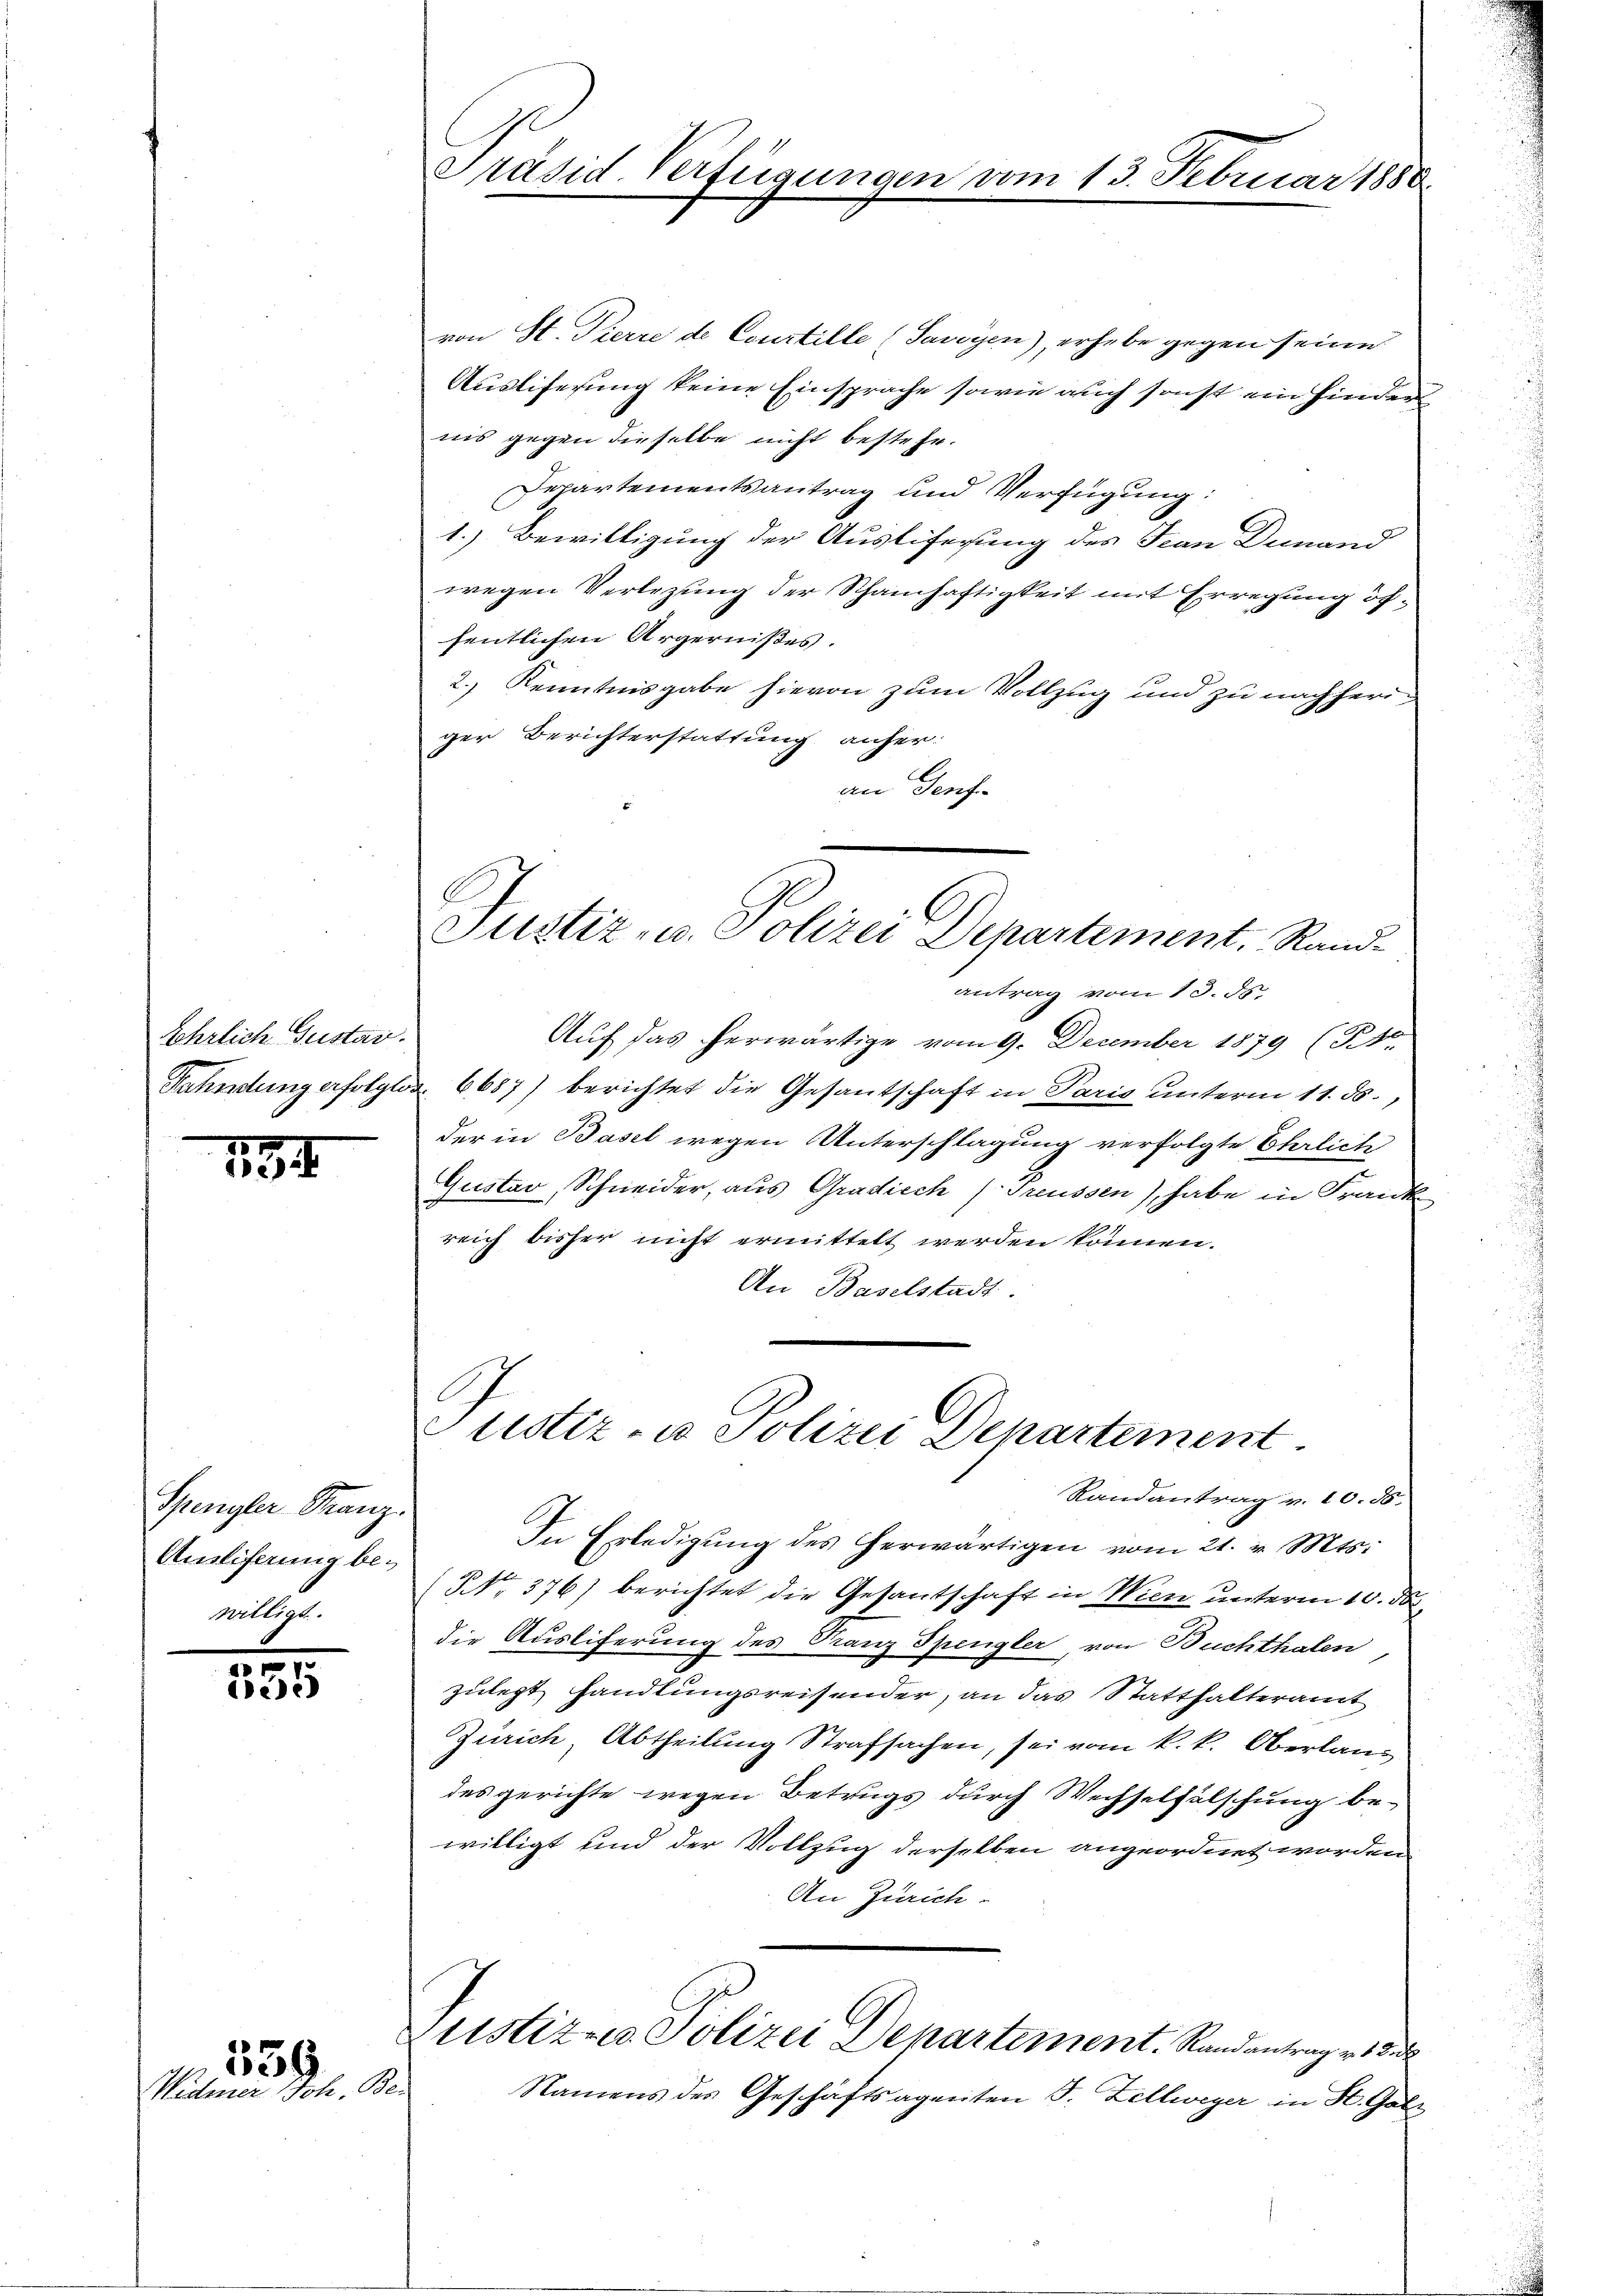
Ehrlich Gustar.

134

Spengler-Franz.
Ausliferung bewilligt.

335

539
Widmer Joh.

Präsid. Verfügungen vom 13. Februar 1888.

von St. Pierre de Courtille (Savoyen), erhebe gegen seine
Ausliferung keine Einsprache sowie auch sonst ein Hinder
nis gegen dieselbe nicht bestehe.
Departementsantrag und Verfügung.
1.) Bewilligung der Ausliserung des Frau Deinand
wegen Verlegung der Schamhaftigkeit mit Erregung öffentlichen Ärgernißes.
2.) Kenntnisgabe hievon zum Vollzug und zu nachheriger Berichterstattung anher:
an Genf
Justiz- u. Polizei Departement, Randantrag vom 13. ds.
Auf das herwärtige vom 9. December 1879 (St.
Fahndung erfolglos 6687) berichtet die Gesantschaft in Paris unterm 11. ds.,
der in Basel wegen Unterschlagung verfolgte Ehrlich
Gustav Schneider, aus Gradiech (Preussen), habe in Frank
reich bisher nicht ermittelt werden können.
An Baselstadt.

ustiz- u Polizei Departement
Randantrag v. 10. 55.

In Erledigŭng des herwärtigen vom 21. v. Mts.
NNo. 376) berichtet die Gesantschaft in Wien unterm 10. d.
die Austiferung des Franz Spengler, von Buchthalen,
zulegt handlungsreisender, an das Statthalteramt
Zürich, Abtheilung Strafsachen, sei vom k.k. Oberlang
des gerichte wegen Betrugs durch Wechselfälschung be-
willigt und der Vollzug derselben angeordnet worden
An Zürich.
Justiz- u. Polizei Departement. Randantrag v. 18
S
Namens des Geschäftsagenten S. Zellweger in St. Galz